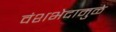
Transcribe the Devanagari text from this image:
वंशभेदामुळे